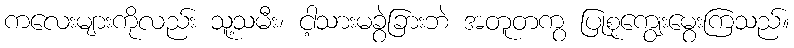
ကလေးများကိုလည်း သူ့သမီး၊ ငါ့သားမခွဲခြားဘဲ အတူတကွ ပြုစုကျွေးမွေးကြသည်။